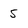
Character: 5